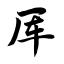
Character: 厍